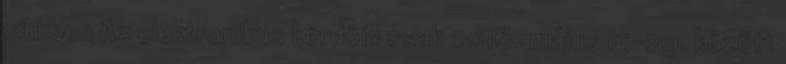
cikkben Az elektronikus kérdőív csak 2016. május 15-29. között